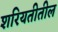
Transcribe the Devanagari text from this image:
शरियतीतील